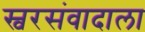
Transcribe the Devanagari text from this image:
स्वरसंवादाला